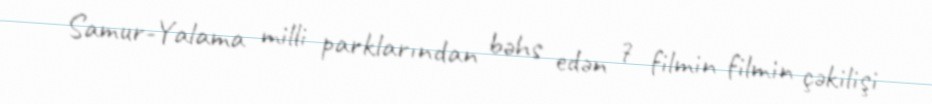
Samur-Yalama milli parklarından bəhs edən 7 filmin filmin çəkilişi